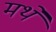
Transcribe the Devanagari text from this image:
मथे